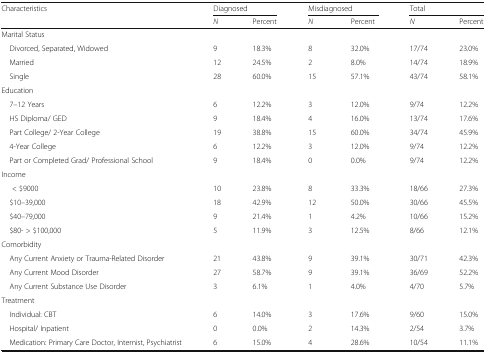
| <ROWSPAN=2> Characteristics | <COLSPAN=2> Diagnosed | <COLSPAN=2> Misdiagnosed | <COLSPAN=2> Total |
 | N | Percent | N | Percent | N | Percent |
 | --- | --- | --- | --- | --- | --- | --- |
 | <COLSPAN=7> Marital Status |
 | Divorced, Separated, Widowed | 9 | 18.3% | 8 | 32.0% | 17/74 | 23.0% |
 | Married | 12 | 24.5% | 2 | 8.0% | 14/74 | 18.9% |
 | Single | 28 | 60.0% | 15 | 57.1% | 43/74 | 58.1% |
 | <COLSPAN=7> Education |
 | 7–12 Years | 6 | 12.2% | 3 | 12.0% | 9/74 | 12.2% |
 | HS Diploma/ GED | 9 | 18.4% | 4 | 16.0% | 13/74 | 17.6% |
 | Part College/ 2-Year College | 19 | 38.8% | 15 | 60.0% | 34/74 | 45.9% |
 | 4-Year College | 6 | 12.2% | 3 | 12.0% | 9/74 | 12.2% |
 | Part or Completed Grad/ Professional School | 9 | 18.4% | 0 | 0.0% | 9/74 | 12.2% |
 | <COLSPAN=7> Income |
 | < $9000 | 10 | 23.8% | 8 | 33.3% | 18/66 | 27.3% |
 | $10–39,000 | 18 | 42.9% | 12 | 50.0% | 30/66 | 45.5% |
 | $40–79,000 | 9 | 21.4% | 1 | 4.2% | 10/66 | 15.2% |
 | $80- > $100,000 | 5 | 11.9% | 3 | 12.5% | 8/66 | 12.1% |
 | <COLSPAN=7> Comorbidity |
 | Any Current Anxiety or Trauma-Related Disorder | 21 | 43.8% | 9 | 39.1% | 30/71 | 42.3% |
 | Any Current Mood Disorder | 27 | 58.7% | 9 | 39.1% | 36/69 | 52.2% |
 | Any Current Substance Use Disorder | 3 | 6.1% | 1 | 4.0% | 4/70 | 5.7% |
 | <COLSPAN=7> Treatment |
 | Individual: CBT | 6 | 14.0% | 3 | 17.6% | 9/60 | 15.0% |
 | Hospital/ Inpatient | 0 | 0.0% | 2 | 14.3% | 2/54 | 3.7% |
 | Medication: Primary Care Doctor, Internist, Psychiatrist | 6 | 15.0% | 4 | 28.6% | 10/54 | 11.1% |